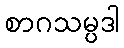
စာဂသမ္ပဒါ